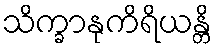
သိက္ခာနုကိရိယန္တိ